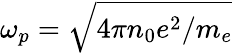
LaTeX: \omega_{p}=\sqrt{4\pi n_{0}e^{2}/m_{e}}